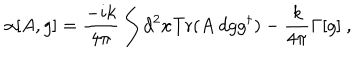
LaTeX: \alpha [ A , g ] = \frac { - i k } { 4 \pi } \int d ^ { 2 } x \mathrm { T r } ( A ~ d g g ^ { \dagger } ) - \frac { k } { 4 \pi } \Gamma [ g ] \ ,